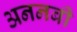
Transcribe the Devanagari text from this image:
अननबी